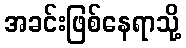
အခင်းဖြစ်နေရာသို့